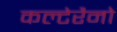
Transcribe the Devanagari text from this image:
कल्टेरैनो